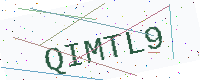
Text: QIMTL9